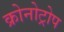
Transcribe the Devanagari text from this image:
क्रोनोट्रोप